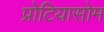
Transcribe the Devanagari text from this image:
प्रोटियासोम